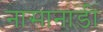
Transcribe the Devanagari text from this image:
नासानाड़ी